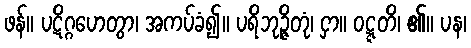
ဖန်။ ပဋိဂ္ဂဟေတွာ၊ အကပ်ခံ၍။ ပရိဘုဉ္ဇိတုံ၊ ငှာ။ ဝဋ္ဋတိ၊ ၏။ ပန၊